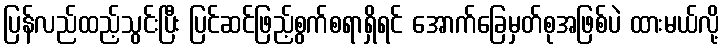
ပြန်လည်ထည့်သွင်းပြီး ပြင်ဆင်ဖြည့်စွက်စရာရှိရင် အောက်ခြေမှတ်စုအဖြစ်ပဲ ထားမယ်လို့